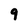
Character: 9